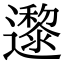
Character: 邌